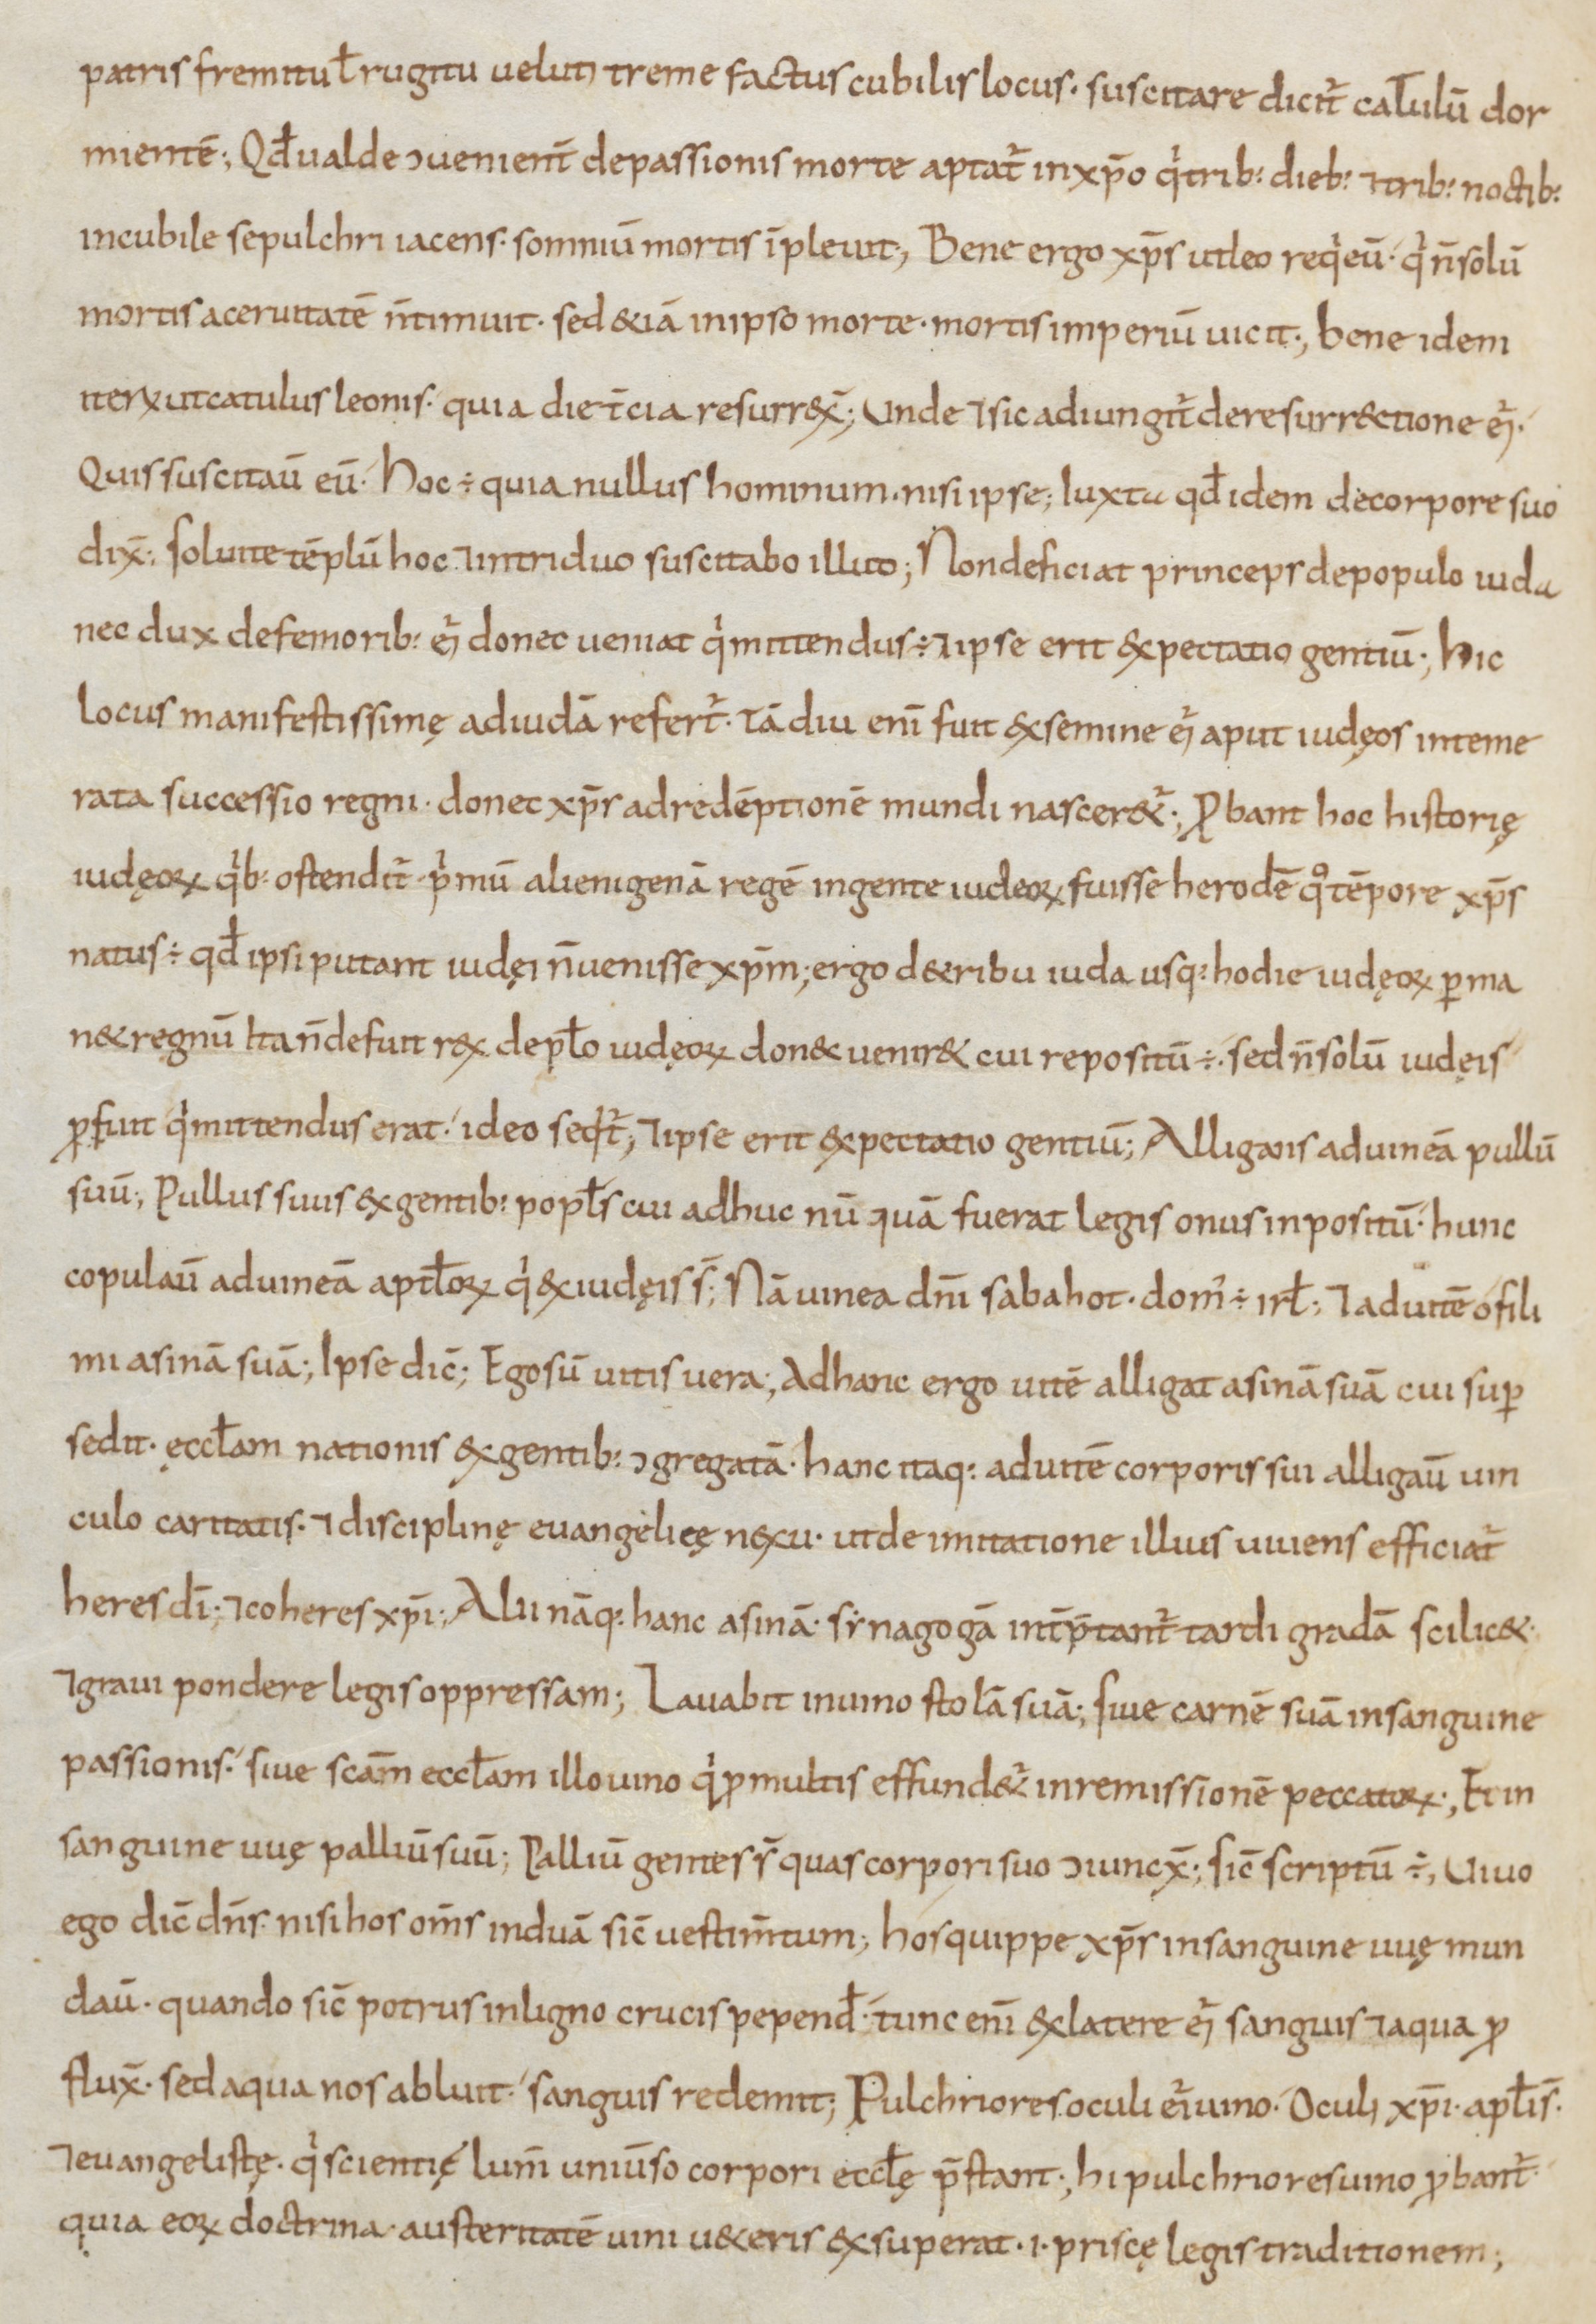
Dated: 800–899